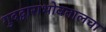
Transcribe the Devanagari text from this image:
गुदद्वाराभोवतालचा